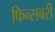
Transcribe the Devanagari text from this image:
फिन्सबरी